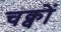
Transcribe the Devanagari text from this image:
चक्वों